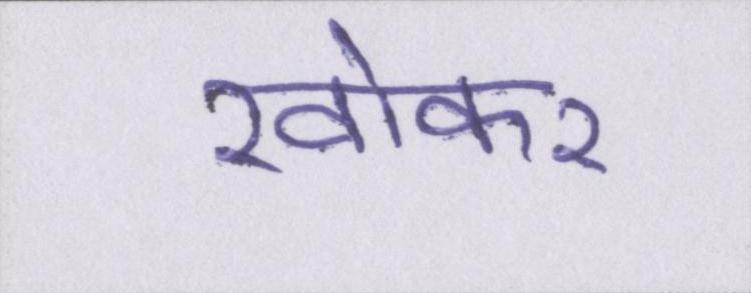
खोकर